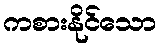
ကစားနိုင်သော